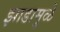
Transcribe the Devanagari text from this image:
झाडामुळे